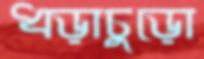
ধড়াচুড়ো